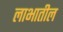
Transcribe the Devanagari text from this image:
लाभातील